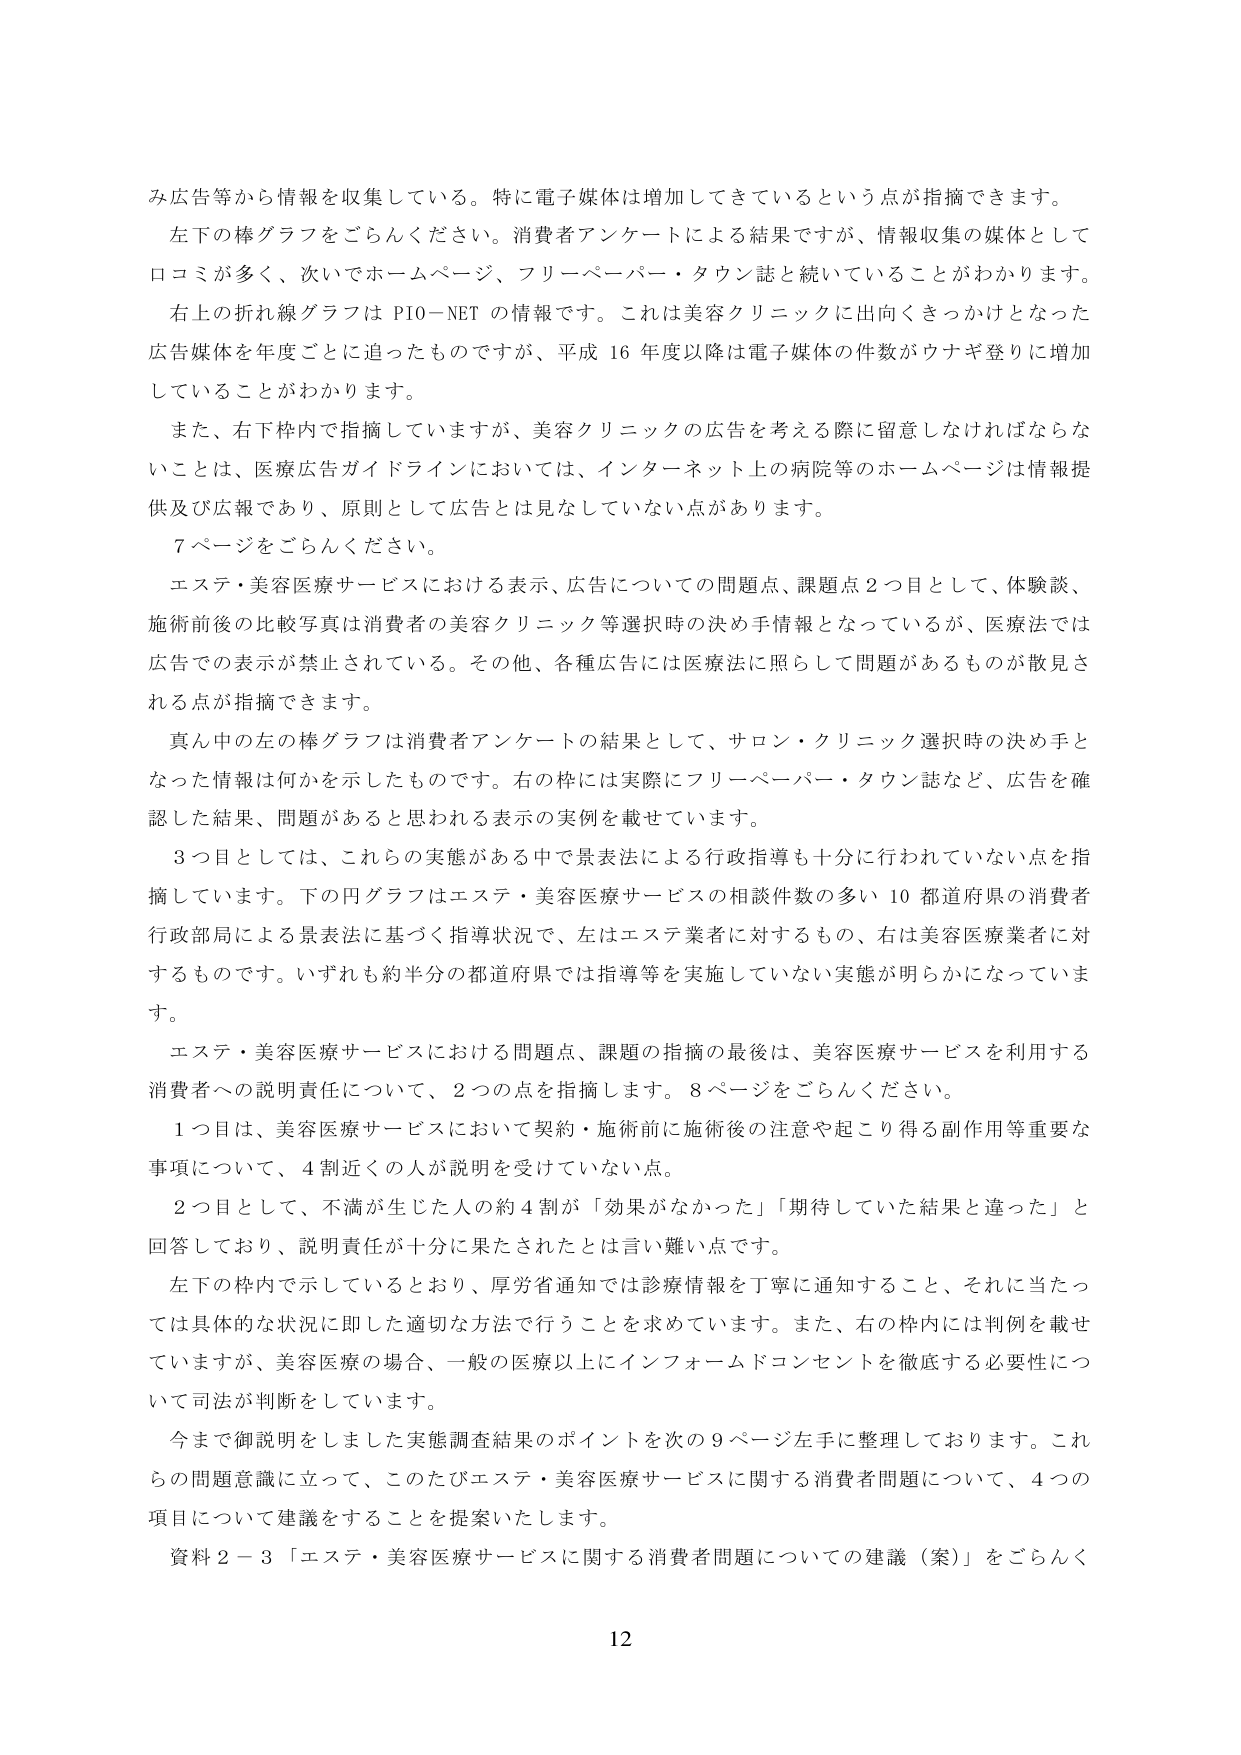
み広告等から情報を収集している。特に電子媒体は増加してきているという点が指摘できます。

左下の棒グラフをごらんください。消費者アンケートによる結果ですが、情報収集の媒体として口コミが多く、次いでホームページ、フリーペーパー・タウン誌を続いていることがわかります。

右上の折れ線グラフは PIO-NET の情報です。これは美容クリニックに出向くきっかけとなった広告媒体を年度ごとに追ったものですが、平成 16 年度以降は電子媒体の件数がウナギ登りに増加していることがわかります。

また、右下枠内で指摘していますが、美容クリニックの広告を考える際に留意しなければならないことは、医療広告ガイドラインにおいては、インターネット上の病院等のホームページは情報提供及び広報であり、原則として広告とは見なしていない点があります。

7ページをごらんください。

エステ・美容医療サービスにおける表示、広告についての問題点、課題点2つ目として、体験談、施術前後の比較写真は消費者の美容クリニック等選択時の決め手情報となっているが、医療法では広告での表示が禁止されている。その他、各種広告には医療法に照らして問題があるものが散見される点が指摘できます。

真ん中の左の棒グラフは消費者アンケートの結果として、サロン・クリニック選択時の決め手となった情報は何かを示したものです。右の枠には実際にフリーペーパー・タウン誌など、広告を確認した結果、問題があると思われる表示の実例を載せています。

3つ目としては、これらの実態がある中で景表法による行政指導も十分に行われていない点を指摘しています。下の円グラフはエステ・美容医療サービスの相談件数の多い10都道府県の消費者行政部局による景表法に基づく指導状況で、左はエステ業者に対するもの、右は美容医療業者に対するものです。いずれも約半分の都道府県では指導等を実施していない実態が明らかになっています。

エステ・美容医療サービスにおける問題点、課題の指摘の最後は、美容医療サービスを利用する消費者への説明責任について、2つの点を指摘します。8ページをごらんください。

1つ目は、美容医療サービスにおいて契約・施術前に施術後の注意や起こり得る副作用等重要な事項について、4割近くの人が説明を受けていない点。

2つ目として、不満が生じた人の約4割が「効果がなかった」「期待していた結果と違った」と回答しており、説明責任が十分に果たされたとは言い難い点です。

左下の枠内で示しているとおり、厚労省通知では診療情報を丁寧に通知すること、それに当たっては具体的な状況に即した適切な方法で行うことを求めています。また、右の枠内には判例を載せていますが、美容医療の場合、一般の医療以上にインフォームドコンセントを徹底する必要性について司法が判断をしています。

今まで御説明をしました実態調査結果のポイントを次の9ページ左手に整理しております。これらの問題意識に立って、このたびエステ・美容医療サービスに関する消費者問題について、4つの項目について建議をすることを提案いたします。

資料2－3「エステ・美容医療サービスに関する消費者問題についての建議（案）」をごらんく

12